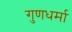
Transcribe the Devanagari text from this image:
गुणधर्मा